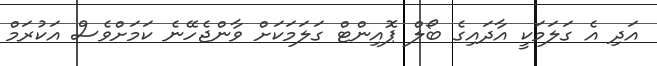
އަދި އެ ގަލަމަކީ އާދައިގެ ބޯލް ޕޮއިންޓް ގަލަމަކަށް ވާންޖެހޭނެ ކަމަށްވެސް އަކުރަމް